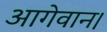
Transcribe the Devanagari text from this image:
आगेवान।